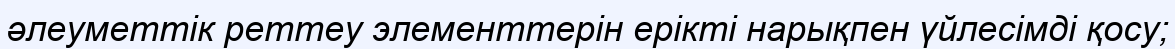
әлеуметтік реттеу элементтерін ерікті нарықпен үйлесімді қосу;